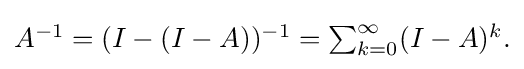
{\textstyle A^{-1}=(I-(I-A))^{-1}=\sum _{k=0}^{\infty }(I-A)^{k}.}